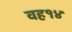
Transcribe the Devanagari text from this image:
वह१४